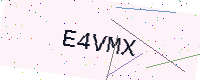
Text: E4VMX